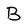
Character: B